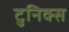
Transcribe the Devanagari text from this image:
टुनिक्स